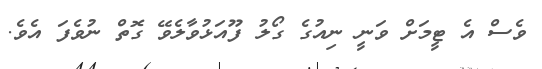
ވެސް އެ ޓީމަށް ވަނީ ނިއުގެ ގޯލު ފޫއަޅުވާލެވޭ ގޮތް ނުވެފަ އެވެ.